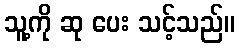
သူ့ကို ဆု ပေး သင့်သည်။